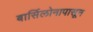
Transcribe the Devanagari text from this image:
बार्सिलोनापासून